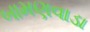
બામણવાડા